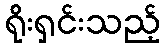
ရိုးရှင်းသည့်